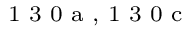
^ \textrm { \scriptsize 1 3 0 a , 1 3 0 c }